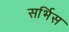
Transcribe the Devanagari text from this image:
सर्भिस